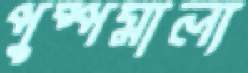
পুষ্পমাল্য